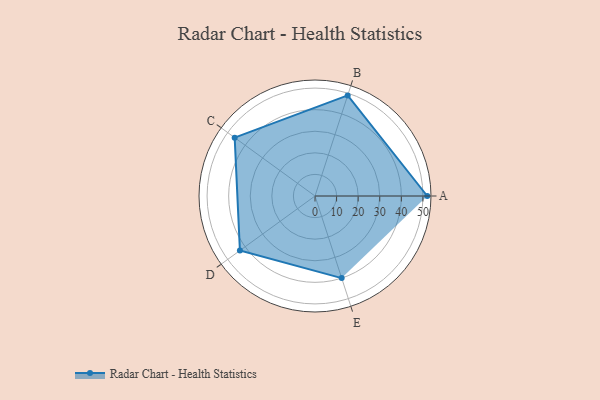
{"axis": {"x": "Skill", "y": "Score"}, "legend": ["Profile"], "data": [{"x": "A", "y": 52.0, "type": "Profile"}, {"x": "B", "y": 49.0, "type": "Profile"}, {"x": "C", "y": 46.0, "type": "Profile"}, {"x": "D", "y": 43.0, "type": "Profile"}, {"x": "E", "y": 40.0, "type": "Profile"}]}